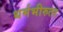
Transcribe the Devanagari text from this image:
धर्मभीरुता